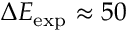
\Delta E _ { \mathrm { e x p } } \approx 5 0